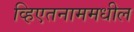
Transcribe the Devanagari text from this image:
व्हिएतनाममधील